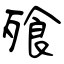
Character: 飱